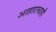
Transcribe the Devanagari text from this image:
आहाराचाही